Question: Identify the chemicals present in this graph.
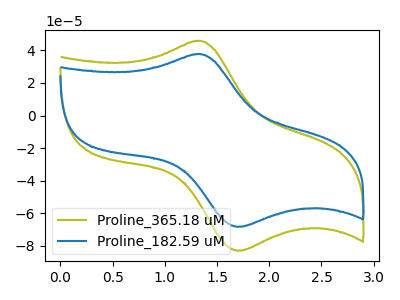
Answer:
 <answer>The olive curve is labeled "Proline_365.18 uM". The blue curve is labeled "Proline_182.59 uM".</answer>
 <eval></eval>